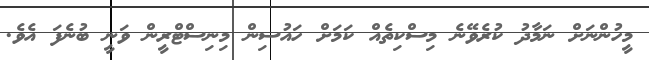
މީހުންނަށް ނަމާދު ކުރެވޭނެ މިސްކިތެއް ކަމަށް ހައުސިން މިނިސްޓްރީން ވަނީ ބުނެފަ އެވެ.